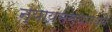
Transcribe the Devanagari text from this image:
न्यायसंस्थांमध्ये